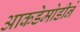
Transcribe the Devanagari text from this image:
आकडेमोडीने